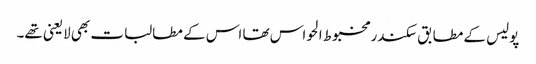
پولیس کے مطابق سکندر مخبوط الحواس تھا اس کے مطالبات بھی لایعنی تھے۔